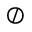
\oslash